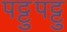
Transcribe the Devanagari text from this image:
पट्टुपट्टु